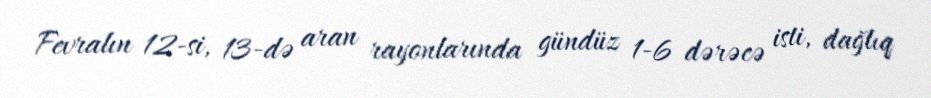
Fevralın 12-si, 13-də aran rayonlarında gündüz 1-6 dərəcə isti, dağlıq